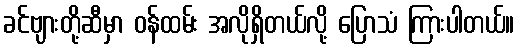
ခင်ဗျားတို့ဆီမှာ ဝန်ထမ်း အလိုရှိတယ်လို့ ပြောသံ ကြားပါတယ်။